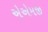
એએમજી